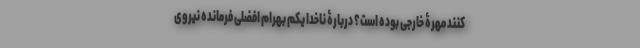
کنند مهرۀ خارجی بوده است؟ دربارۀ ناخدا یکم بهرام افضلی فرمانده نیروی